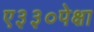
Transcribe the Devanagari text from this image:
ए३३०पेक्षा